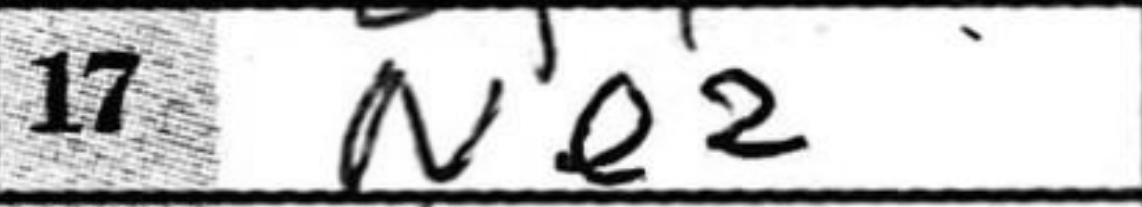
Transcription: Ne2